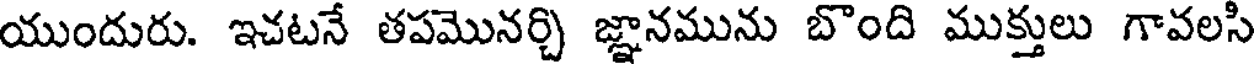
యుందురు. ఇచటనే తపమొనర్చి జ్ఞానమును బొంది ముక్తులు గావలసి